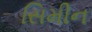
સિમીન